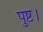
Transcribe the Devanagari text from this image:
पुष्ट।